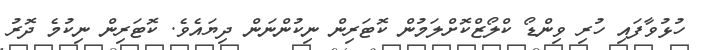
ހުޅުވާފައި ހުރި ވިންޑޯ ކްލޯޒްކޮށްލަމުން ކޮޓަރިން ނިކުންނަން ދިޔައެވެ. ކޮޓަރިން ނިކުމެ ދޮރު